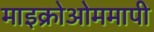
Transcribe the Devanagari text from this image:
माइक्रोओममापी